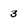
Character: 3